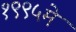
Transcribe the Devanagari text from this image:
१९९५मे